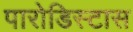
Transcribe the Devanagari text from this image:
पारोडिस्टास